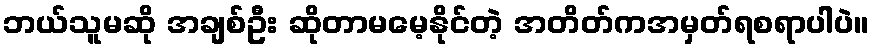
ဘယ်သူမဆို အချစ်ဦး ဆိုတာမမေ့နိုင်တဲ့ အတိတ်ကအမှတ်ရစရာပါပဲ။